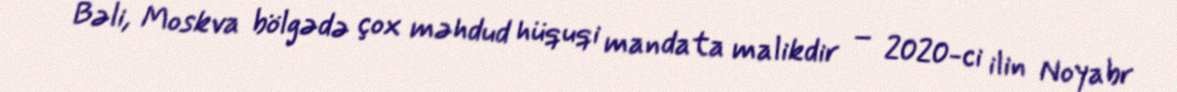
Bəli, Moskva bölgədə çox məhdud hüquqi mandata malikdir – 2020-ci ilin Noyabr